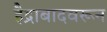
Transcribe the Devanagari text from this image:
हैद्राबादवरून